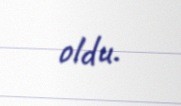
oldu.